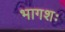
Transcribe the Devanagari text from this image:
भागशः